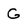
Character: G